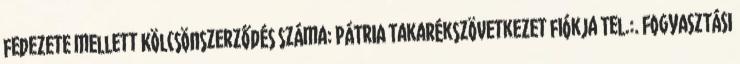
fedezete mellett Kölcsönszerződés száma: PÁTRIA Takarékszövetkezet fiókja Tel.:. FOGYASZTÁSI